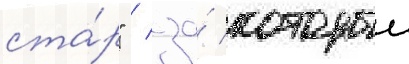
ста́р" / за́ которыи